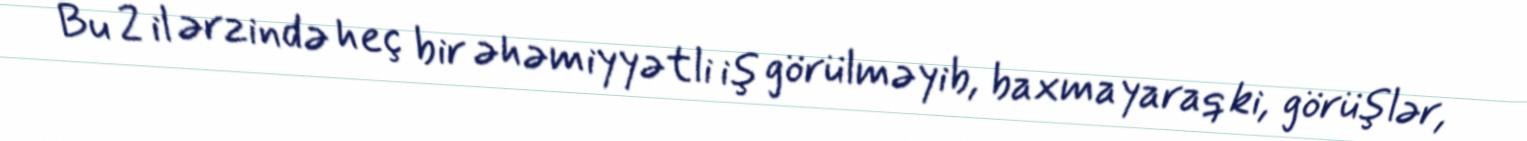
Bu 2 il ərzində heç bir əhəmiyyətli iş görülməyib, baxmayaraq ki, görüşlər,